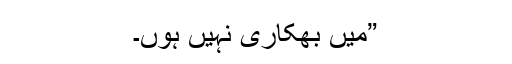
”میں بھکاری نہیں ہوں۔